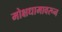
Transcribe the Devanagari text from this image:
मोक्षधामावरून